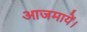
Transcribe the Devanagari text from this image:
आजमायें।